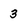
Character: 3